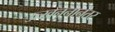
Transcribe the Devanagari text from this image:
उत्खननानंतर